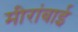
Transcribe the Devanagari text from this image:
मीरांबाई